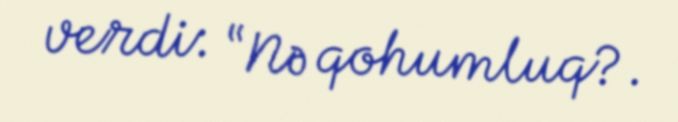
verdi: “Nə qohumluq?.